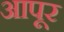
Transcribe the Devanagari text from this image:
आपूर